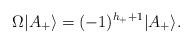
LaTeX: \begin{align*}\Omega |A_+\rangle=(-1)^{h_++1}|A_+\rangle. \end{align*}